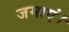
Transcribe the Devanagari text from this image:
जमाएं।